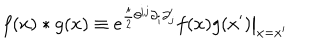
f ( x ) * g ( x ) \equiv e ^ { \frac { i } { 2 } \theta ^ { i j } \partial _ { i } \partial _ { j } ^ { \prime } } f ( x ) g ( x ^ { \prime } ) \big | _ { x = x ^ { \prime } }